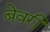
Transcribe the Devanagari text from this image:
बेवरी